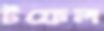
টফেল